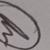
Signature authenticity: genuine